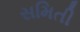
સમિતી